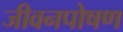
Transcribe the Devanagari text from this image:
जीवनपोषण